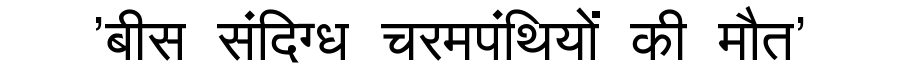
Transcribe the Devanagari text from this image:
'बीस संदिग्ध चरमपंथियों की मौत'